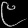
Digit: ၉